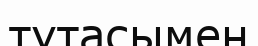
тұтасымен